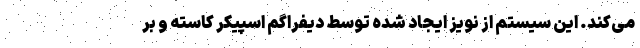
می‌کند. این سیستم از نویز ایجاد شده توسط دیفراگم اسپیکر کاسته و بر